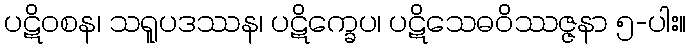
ပဋိဝစန၊ သရူပဒဿန၊ ပဋိက္ခေပ၊ ပဋိသေဓဝိဿဇ္ဇနာ ၅-ပါး။